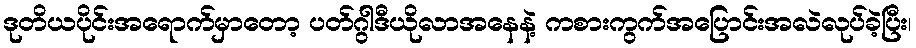
ဒုတိယပိုင်းအရောက်မှာတော့ ပတ်ဂွါဒီယိုလာအနေနဲ့ ကစားကွက်အပြောင်းအလဲလုပ်ခဲ့ပြီး၊